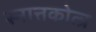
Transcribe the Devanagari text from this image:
स्नात्तकोत्त्र